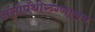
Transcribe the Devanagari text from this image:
ॲलोपॅथीरुग्णालय